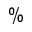
\%